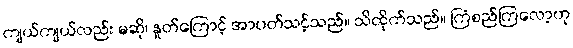
ကျယ်ကျယ်လည်း မဆို၊ နှုတ်ကြောင့် အာပတ်သင့်သည်။ သိထိုက်သည်။ ကြံစည်ကြလော့ဟု